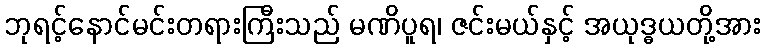
ဘုရင့်နောင်မင်းတရားကြီးသည် မဏိပူရ၊ ဇင်းမယ်နှင့် အယုဒ္ဓယတို့အား